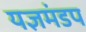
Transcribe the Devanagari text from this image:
यज्ञमंडप